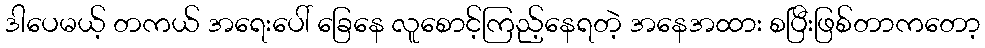
ဒါပေမယ့် တကယ် အရေးပေါ် ခြေနေ လူစောင့်ကြည့်နေရတဲ့ အနေအထား စပြီးဖြစ်တာကတော့